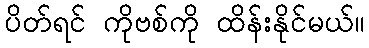
ပိတ်ရင် ကိုဗစ်ကို ထိန်းနိုင်မယ်။